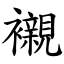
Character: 襯